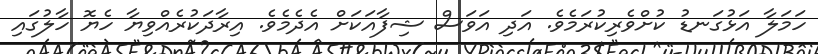
ހަމަލާ އަޅުގަނޑު ކުށްވެރިކުރަމެވެ. އަދި އަވަސް ޝިފާއަކަށް އެދެމެވެ. އިރާދަކުރެެއްވިޔާ ހެޔޮ ހާލުގައި